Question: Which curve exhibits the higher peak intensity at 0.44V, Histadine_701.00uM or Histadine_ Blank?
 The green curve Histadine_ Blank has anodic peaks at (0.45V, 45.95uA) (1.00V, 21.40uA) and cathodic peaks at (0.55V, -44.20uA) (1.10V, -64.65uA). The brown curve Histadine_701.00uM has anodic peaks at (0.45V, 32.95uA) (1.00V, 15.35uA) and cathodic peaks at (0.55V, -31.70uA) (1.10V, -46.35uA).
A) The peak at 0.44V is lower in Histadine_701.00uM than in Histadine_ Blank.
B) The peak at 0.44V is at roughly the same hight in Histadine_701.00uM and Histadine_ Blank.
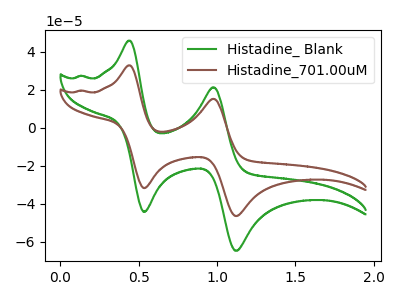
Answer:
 <answer>A) The peak at 0.44V is lower in "Histadine_701.00uM" than in "Histadine_ Blank".</answer>
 <eval>A</eval>